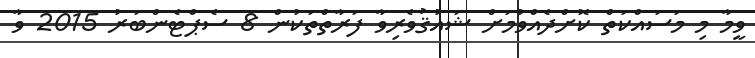
ވީމާ މި މަސައްކަތް ކޮށްދެއްވުމަށް ޝައުޤުވެރިވާ ފަރާތްތަކުން 8 ސެޕްޓެންބަރު 2015 ވާ